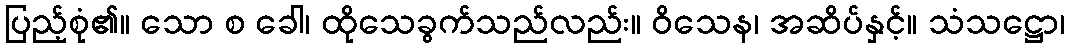
ပြည့်စုံ၏။ သော စ ခေါ၊ ထိုသေခွက်သည်လည်း။ ဝိသေန၊ အဆိပ်နှင့်။ သံသဋ္ဌော၊